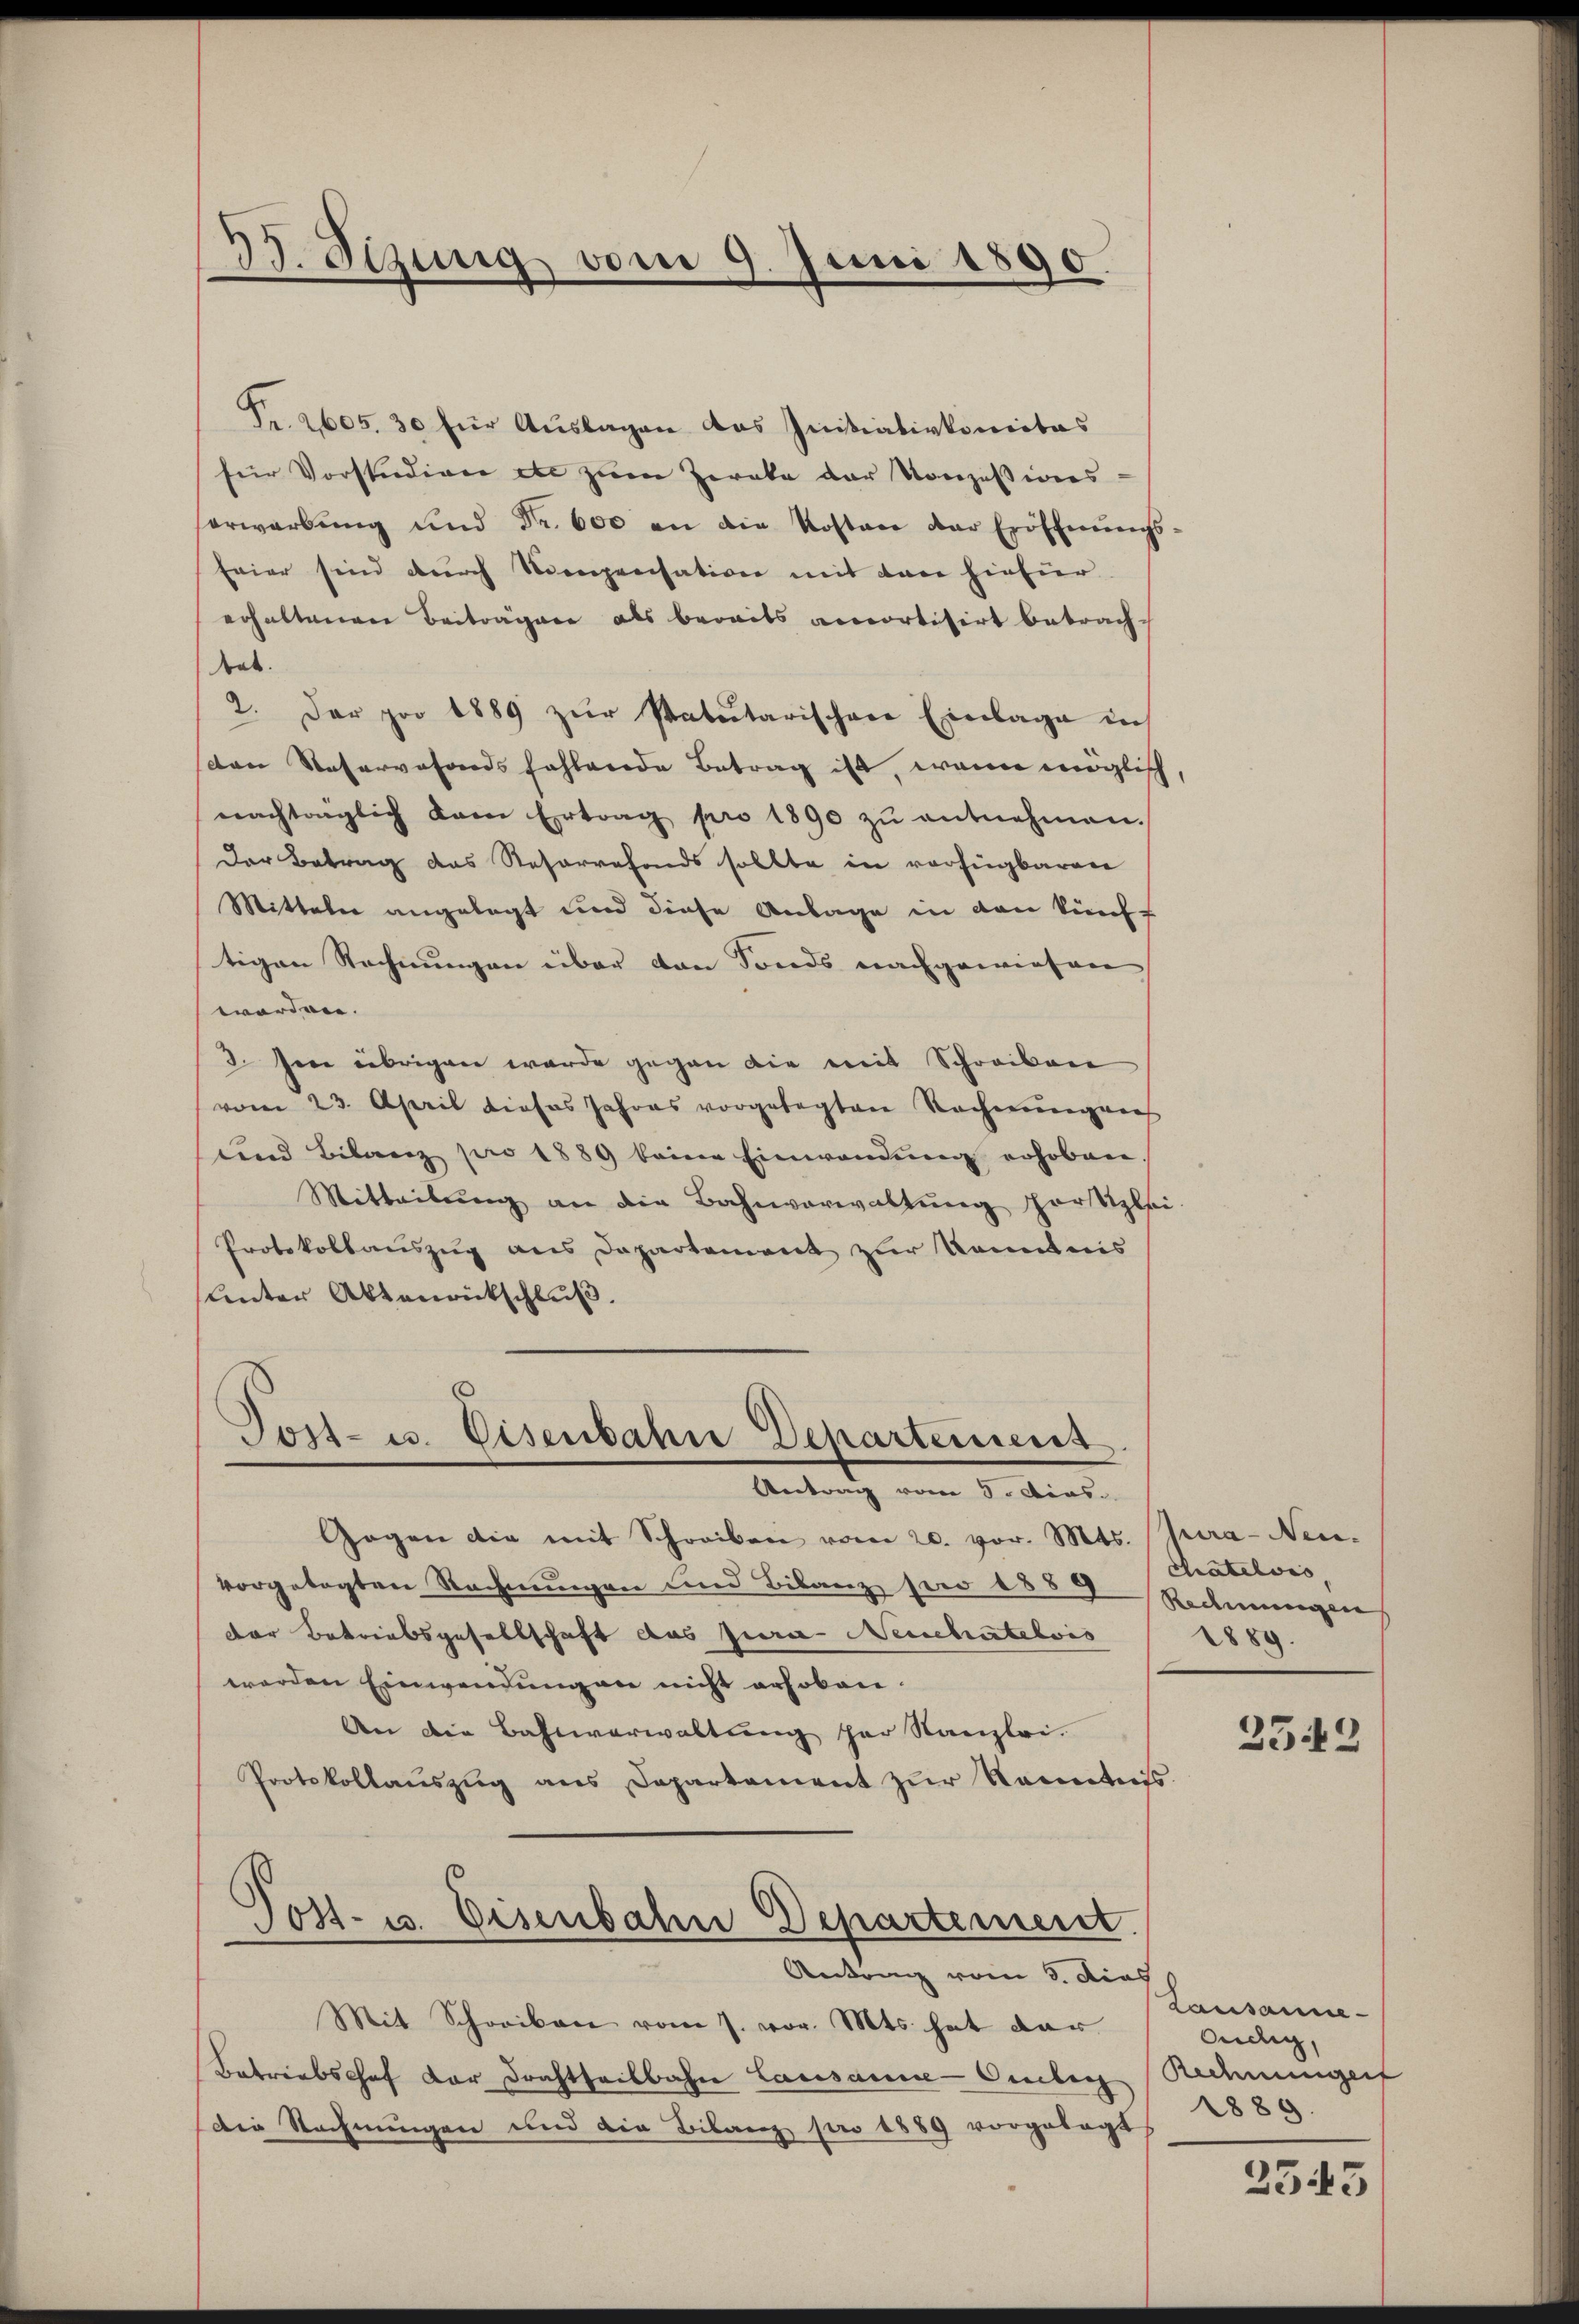
35. Sizung vom 9. Juni 1890.

Pr. 2605. 30 für Auslagen das Initiativkomitas
für Vorstudire etc zum Zereke der Konzessions-
erwarbŭng ŭnd Fr. 600 an die Kosten der Eröffnŭngs-
feier sind durch Nenpensation mit dan hinhier
erhaltenen Beiträgen als bereits accortisirt betrach-
bet.
2. Der pro 1889 zur Patutarischen Einlage in
sten Reservefonds fehlende Betrag ist, wenn möglich,
nachtraglich kam Ertrag pro 1890 zŭ entnehmen.
Der Betrag das Reforrefonds sollte in verfügbaren
Mitteler angelegt und diese Anlage in den künft
tigen Rechnungen über von Fonds nachgewiesen
worden.
3. Jene übrigen wurde gegen die mit Schreiben
vom 23. April dieses Jahres vorgelegten Rechnungen
und Bilanz pro 1889 keine Einwendŭng erhoben.
Mitteilung an die Bahnverwaltung fortzli
Protokollauszug aus Departement zur Kenntens
Unter Aktenrückschluß.

Post- u. Eisenbahne Departement
Antrag vom 3. dies

Gegen die mit Schreiben vom 20. vor. Mts. Jura-Neu-
vorgelegten Rechnungen und Bilanz per 1889
der Betreibsgesellschaft das Jurie Neuchatelvis
werden Einwendung an nicht erhoben.
An die Bahnverwaltung her Kanzlei.
Protokollaŭszŭg ans Departement zŭr Kenntni
Post- u. Eisenbahn Departement.
Retrag vom 3. Dies
Mit Schreiben vom 7. vor. Mts. hat dar
Batriebschof der Frachtheilbahn Lausanne-Ouclig
die Rechnungen und die Bilanz pro 1889 vorgelegt

chatelois
Rechnungen
1889.

2543

Lausanne
Cillig,
Rechnungen
1889.

2543